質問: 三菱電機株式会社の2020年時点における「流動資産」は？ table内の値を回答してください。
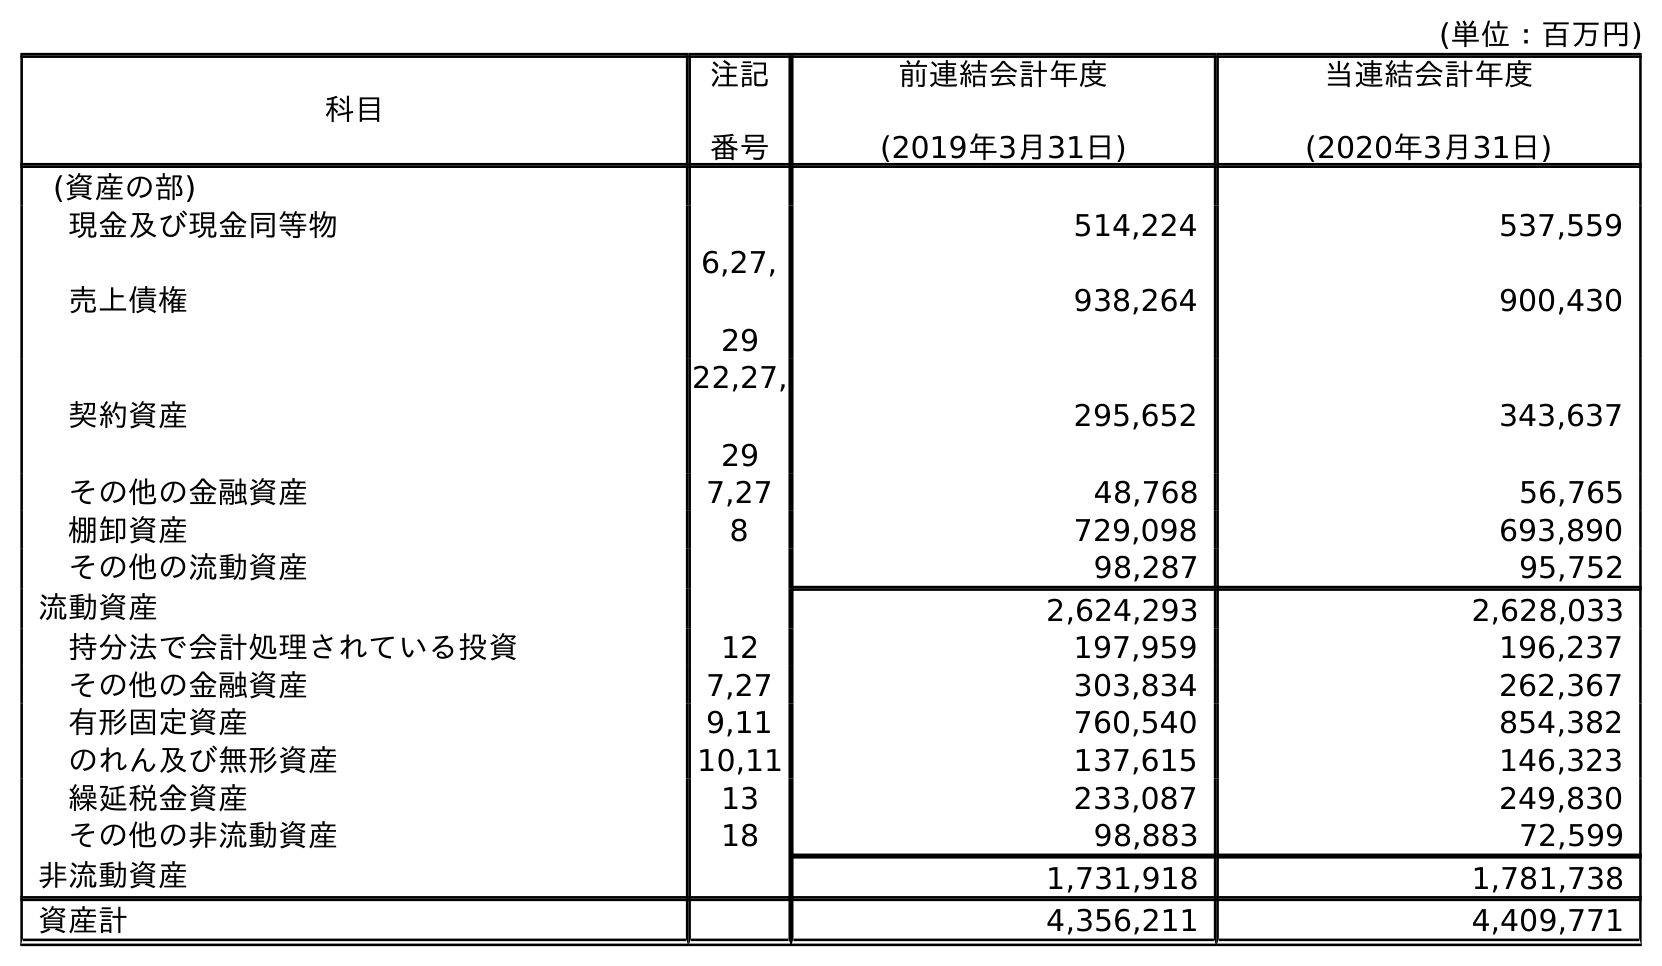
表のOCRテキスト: (単位：百万円) 科目 注記 番号 前連結会計年度 (2019年3月31日) 当連結会計年度 (2020年3月31日) (資産の部) 現金及び現金同等物 514,224 537,559 売上債権 6,27, 29 938,264 900,430 契約資産 22,27, 29 295,652 343,637 その他の金融資産 7,27 48,768 56,765 棚卸資産 8 729,098 693,890 その他の流動資産 98,287 95,752 流動資産 2,624,293 2,628,033 持分法で会計処理されている投資 12 197,959 196,237 その他の金融資産 7,27 303,834 262,367 有形固定資産 9,11 760,540 854,382 のれん及び無形資産 10,11 137,615 146,323 繰延税金資産 13 233,087 249,830 その他の非流動資産 18 98,883 72,599 非流動資産 1,731,918 1,781,738 資産計 4,356,211 4,409,771
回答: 2,628,033